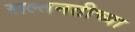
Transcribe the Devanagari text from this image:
सल्तनतीच्या